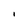
Character: I